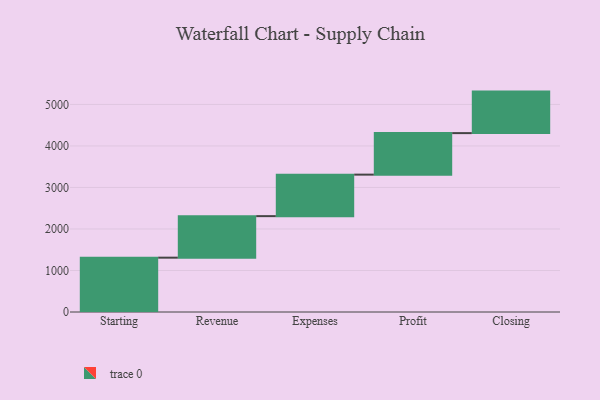
{"axis": {"x": "Step", "y": "Value"}, "legend": [""], "data": [{"x": "Starting", "y": 1309.0, "type": ""}, {"x": "Revenue", "y": 1000, "type": ""}, {"x": "Expenses", "y": 1000, "type": ""}, {"x": "Profit", "y": 1000, "type": ""}, {"x": "Closing", "y": 1000, "type": ""}]}